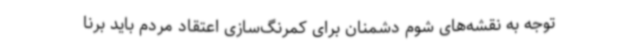
توجه به نقشه‌های شوم دشمنان برای کمرنگ‌سازی اعتقاد مردم باید برنا